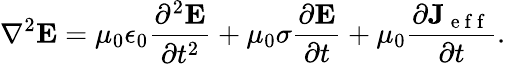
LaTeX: \nabla^{2}\mathbf{E}=\mu_{0}\epsilon_{0}\frac{\partial^{2}\mathbf{E}}{\partial t^{2}}+\mu_{0}\sigma\frac{\partial\mathbf{E}}{\partial t}+\mu_{0}\frac{\partial\mathbf{J}_{\mathrm{~e~f~f~}}}{\partial t}.